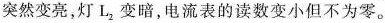
突然变亮，灯L_{2}变暗，电流表的读数变小但不为零。